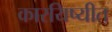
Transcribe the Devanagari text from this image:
कारयिष्यीत